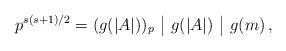
LaTeX: \begin{align*}p^{s(s+1)/2} = (g(|A|))_p \,\, \big| \,\, g(|A|) \,\, \big| \,\, g(m) \, ,\end{align*}